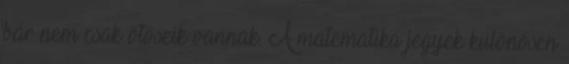
bár nem csak ötöseik vannak. A matematika jegyek különösen